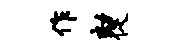
作劾促